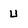
Character: U